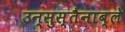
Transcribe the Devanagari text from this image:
उन्सुस्तैनाब्ले